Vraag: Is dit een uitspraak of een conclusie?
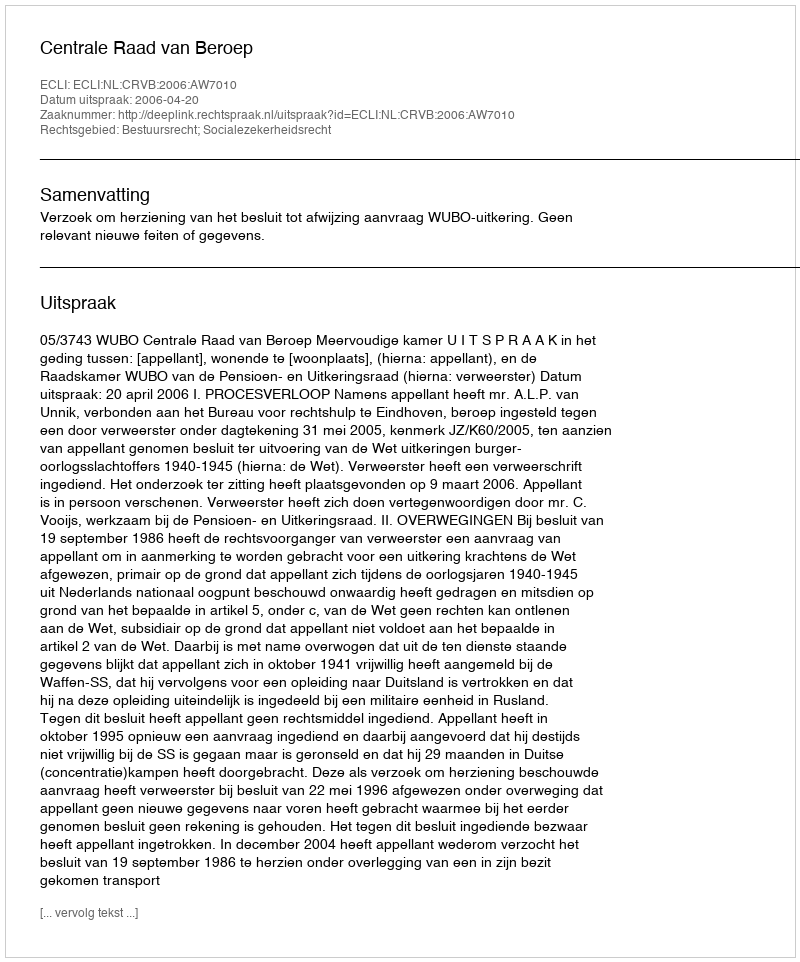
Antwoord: Uitspraak